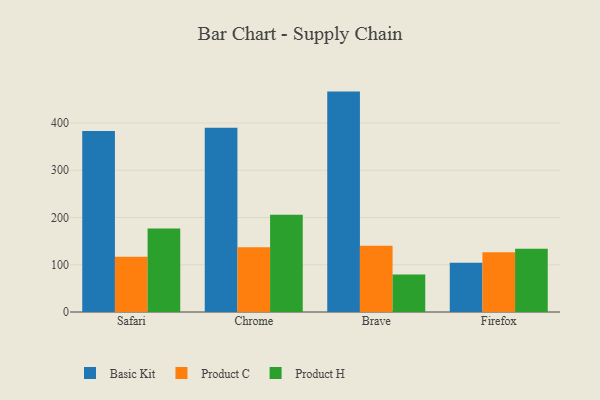
{"axis": {"x": "Browser", "y": "Inventory Turnover"}, "legend": ["Basic Kit", "Product C", "Product H"], "data": [{"x": "Safari", "y": 383.1, "type": "Basic Kit"}, {"x": "Safari", "y": 116.7, "type": "Product C"}, {"x": "Safari", "y": 176.9, "type": "Product H"}, {"x": "Chrome", "y": 390.0, "type": "Basic Kit"}, {"x": "Chrome", "y": 137.2, "type": "Product C"}, {"x": "Chrome", "y": 206.0, "type": "Product H"}, {"x": "Brave", "y": 466.4, "type": "Basic Kit"}, {"x": "Brave", "y": 140.2, "type": "Product C"}, {"x": "Brave", "y": 79.3, "type": "Product H"}, {"x": "Firefox", "y": 104.4, "type": "Basic Kit"}, {"x": "Firefox", "y": 126.7, "type": "Product C"}, {"x": "Firefox", "y": 133.9, "type": "Product H"}]}